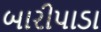
બારીપાડા